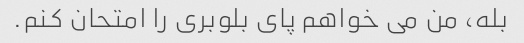
بله، من می خواهم پای بلوبری را امتحان کنم.